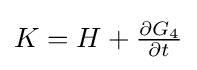
{\textstyle K=H+{\frac {\partial G_{4}}{\partial t}}}